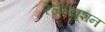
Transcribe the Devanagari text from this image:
रेज़ल्यूशन